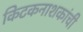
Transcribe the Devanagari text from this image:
किटकनाशकांची